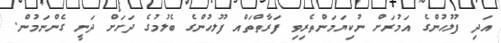
އަދި ފުލުހުންގެ އަމުރަށް ނުކިޔަމަންތެރިވި ފަރާތްތައް ފުލުހުންގެ ބެލުމުގެ ދަށަށް ދަނީ ގެންނަމުން.